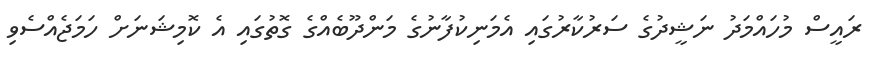
ރައީސް މުހައްމަދު ނަޝީދުގެ ސަރުކާރުގައި އެމަނިކުފާނުގެ މަންދޫބެއްގެ ގޮތުގައި އެ ކޮމިޝަނަށް ހަމަޖެއްސެވި